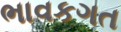
ભાવકગત